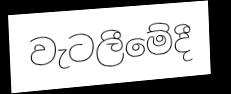
වැටලීමේදී